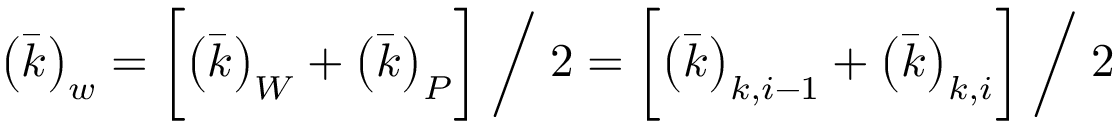
\left( \Bar { k } \right) _ { w } = \biggl [ \left( \Bar { k } \right) _ { W } + \left( \Bar { k } \right) _ { P } \biggr ] \; \bigg / \; 2 = \biggl [ \left( \Bar { k } \right) _ { k , i - 1 } + \left( \Bar { k } \right) _ { k , i } \biggr ] \; \bigg / \; 2